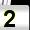
Digit: 2